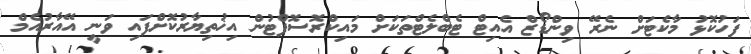
ފަހުކޮޅު މާކެޓަށް ނެރޭ ވިންޑޯޒް އެއިޓް ޓެބްލެޓްތަކަށް މައިކްރޮސޮފްޓުން އިޚުތިޔާރުކޮށްފައި ވަނީ އޭއާރުއެމް